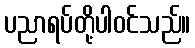
ပညာရပ်တို့ပါဝင်သည်။